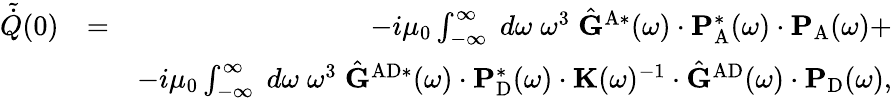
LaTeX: \begin{array}{rlr}{\tilde{\dot{Q}}(0)}&{=}&{-i\mu_{0}\int_{-\infty}^{\infty}\; d\omega\; \omega^{3}\; \hat{\mathbf{G}}^{\mathrm{A}*}(\omega)\cdot\mathbf{P}_{\mathrm{A}}^{*}(\omega)\cdot\mathbf{P}_{\mathrm{A}}(\omega)+}\\ &{}&{-i\mu_{0}\int_{-\infty}^{\infty}\; d\omega\; \omega^{3}\; \hat{\mathbf{G}}^{\mathrm{AD}*}(\omega)\cdot\mathbf{P}_{\mathrm{D}}^{*}(\omega)\cdot\mathbf{K}(\omega)^{-1}\cdot\hat{\mathbf{G}}^{\mathrm{AD}}(\omega)\cdot\mathbf{P}_{\mathrm{D}}(\omega),}\end{array}